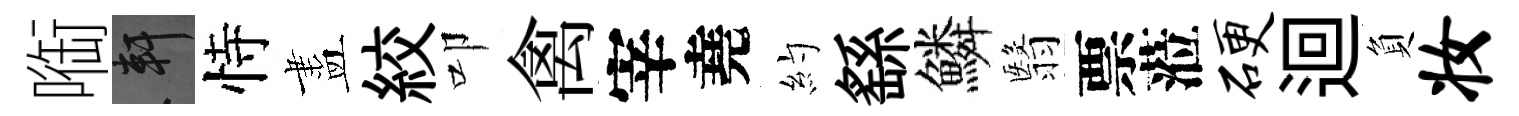
㗸軒恃盡絞叩禽宰堯約繇鱗翳票蒞硬迴負妆